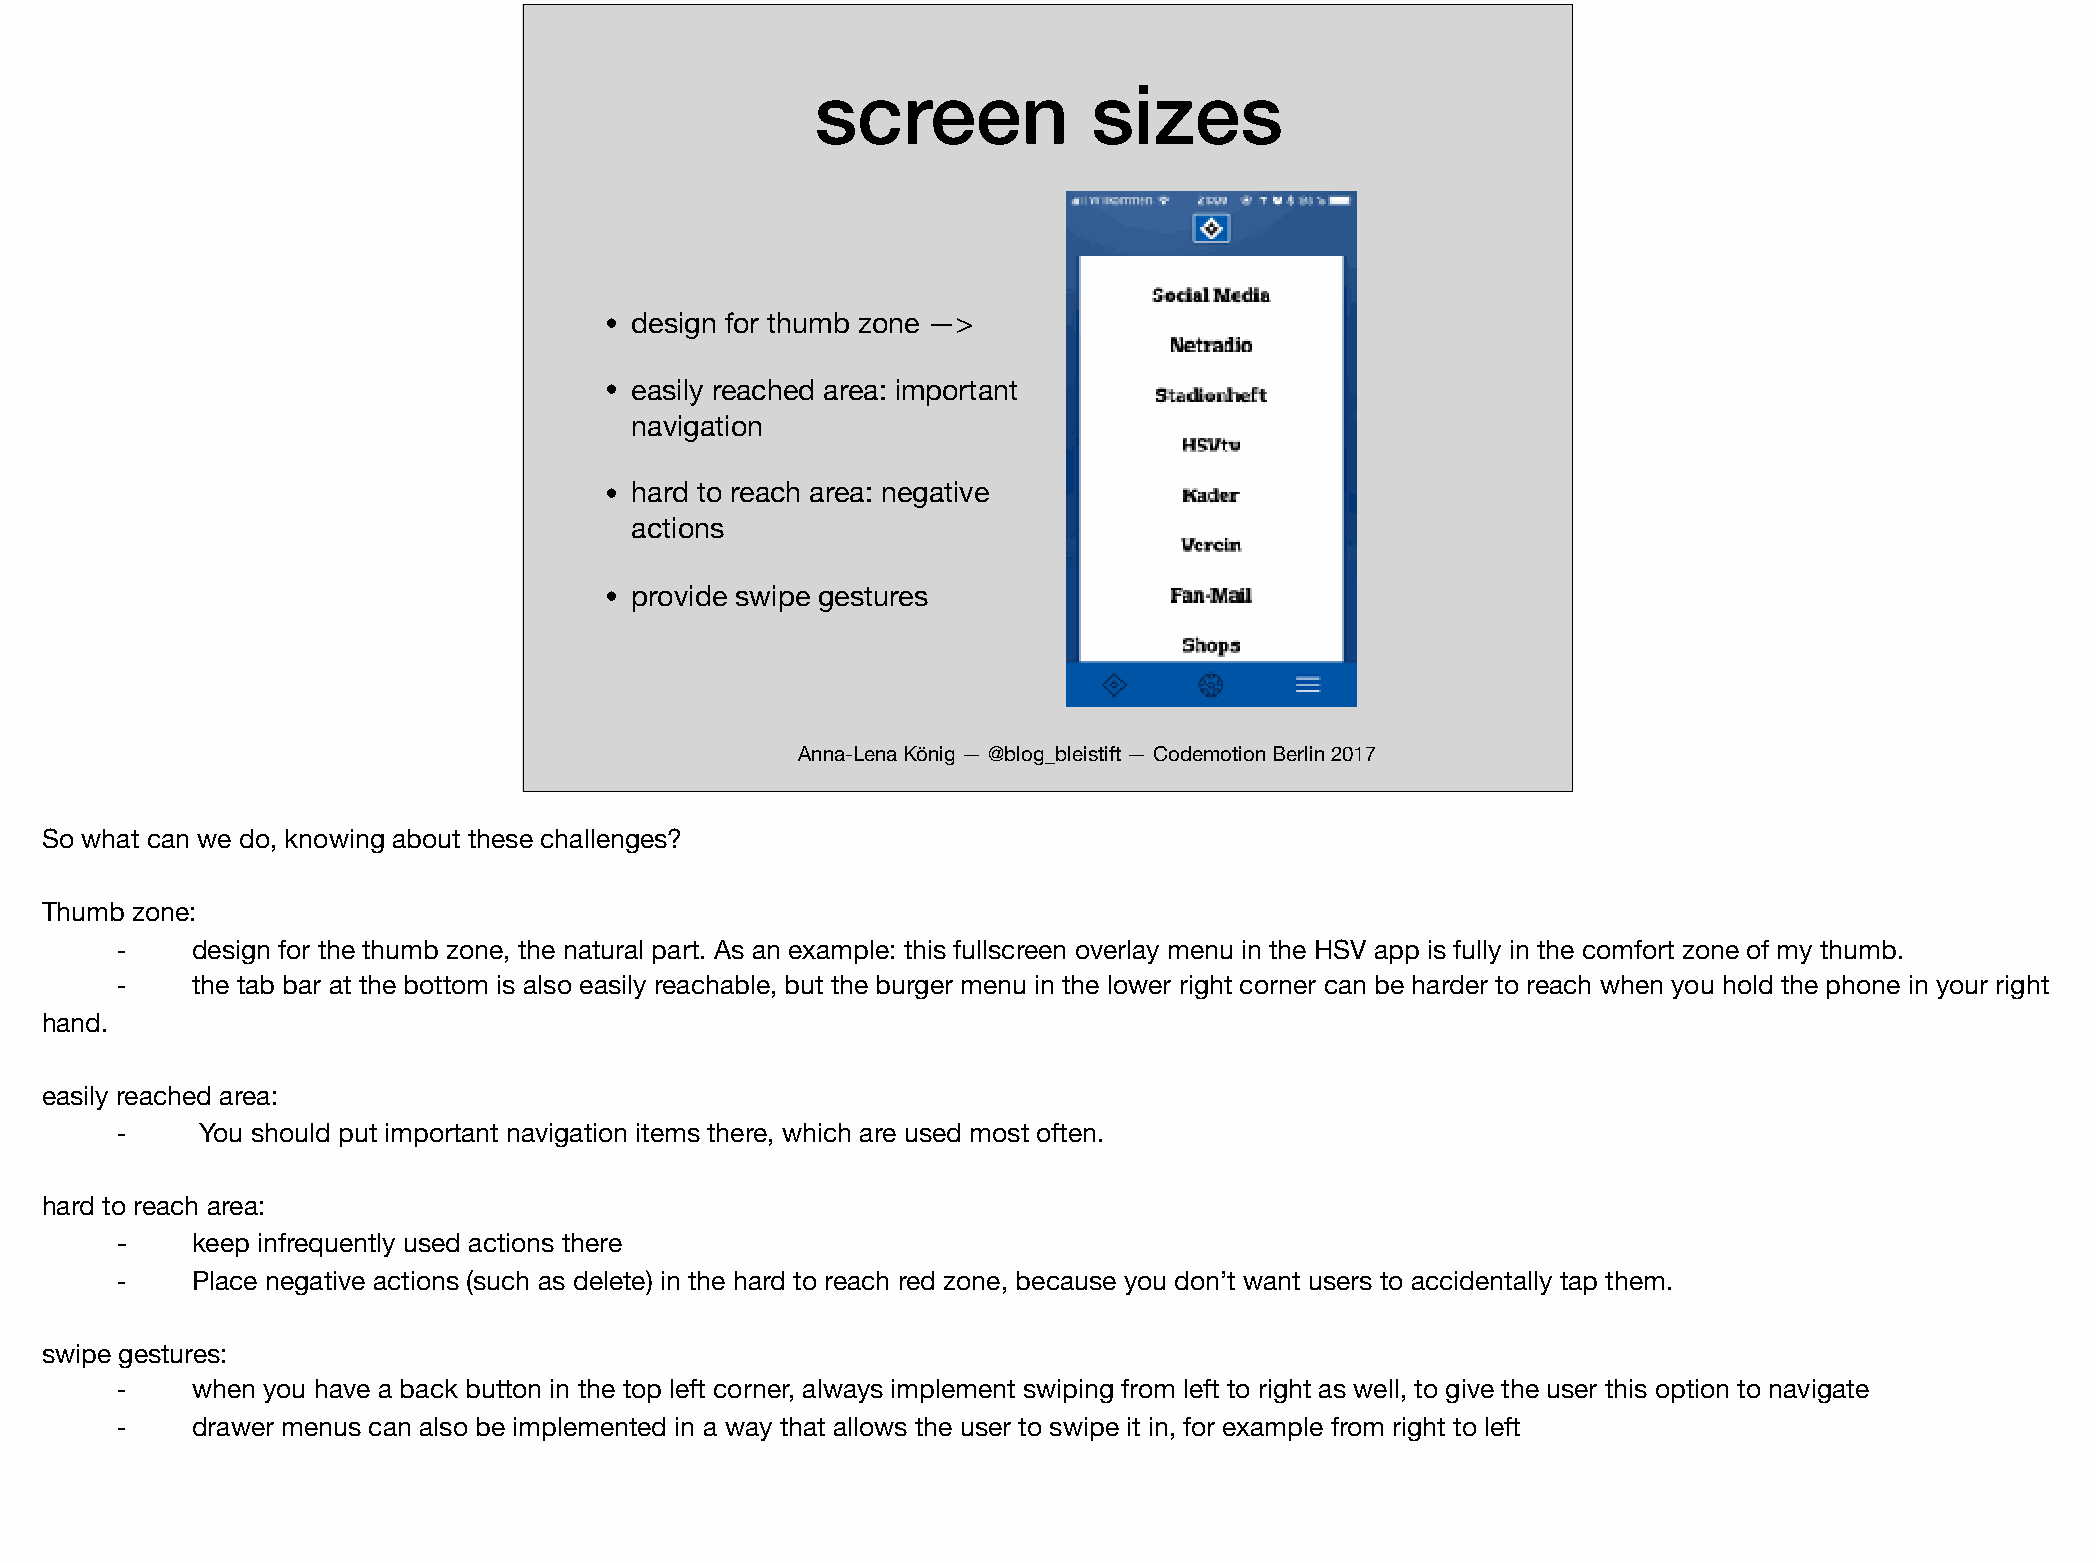
screen            sizes
 • design for thumb zone —>
 • easily reached area: important
 navigation
 • hard to reach area: negative
 actions
 • provide swipe gestures
 Anna-Lena König — @blog_bleistift — Codemotion Berlin 2017
 So what can we do, knowing about these challenges?
 Thumb zone:
 ⁃    design for the thumb zone, the natural part. As an example: this fullscreen overlay menu in the HSV app is fully in the comfort zone of my thumb.
 ⁃    the tab bar at the bottom is also easily reachable, but the burger menu in the lower right corner can be harder to reach when you hold the phone in your right
 hand.
 easily reached area:
 ⁃     You should put important navigation items there, which are used most often.
 hard to reach area:
 -    keep infrequently used actions there
 ⁃    Place negative actions (such as delete) in the hard to reach red zone, because you don’t want users to accidentally tap them.
 swipe gestures:
 ⁃    when you have a back button in the top left corner, always implement swiping from left to right as well, to give the user this option to navigate
 ⁃    drawer menus can also be implemented in a way that allows the user to swipe it in, for example from right to left